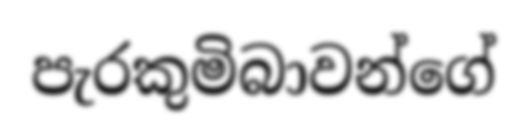
පැරකුමිබාවන්ගේ